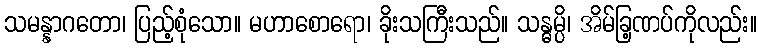
သမန္နာဂတော၊ ပြည့်စုံသော။ မဟာစောရော၊ ခိုးသကြီးသည်။ သန္ဓမ္ပိ၊ အိမ်ခြ့ဏပ်ကိုလည်း။